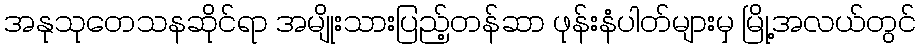
အနုသုတေသနဆိုင်ရာ အမျိုးသားပြည့်တန်ဆာ ဖုန်းနံပါတ်များမှ မြို့အလယ်တွင်